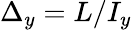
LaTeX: \Delta_{y}={L}/I_{y}